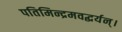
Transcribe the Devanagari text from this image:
पतिमिन्द्रमवद्धर्यन्।